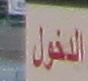
لدخول